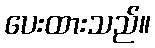
ပေးထားသည်။